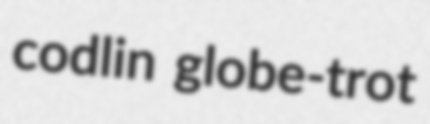
codlin globe-trot